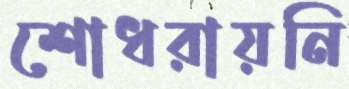
শোধরায়নি